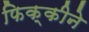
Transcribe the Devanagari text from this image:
फिक्कीने